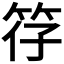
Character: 𫁻